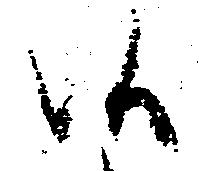
候